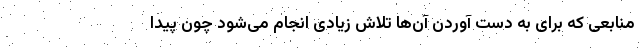
منابعی که برای به دست آوردن آن‌ها تلاش زیادی انجام می‌شود چون پیدا